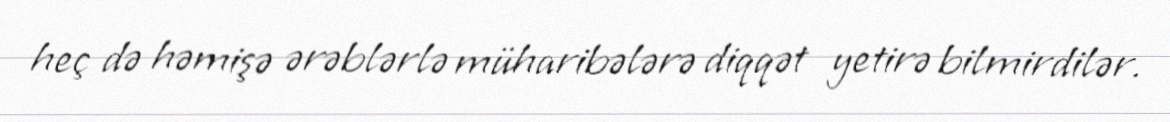
heç də həmişə ərəblərlə müharibələrə diqqət yetirə bilmirdilər.